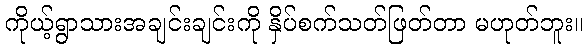
ကိုယ့်ရွာသားအချင်းချင်းကို နှိပ်စက်သတ်ဖြတ်တာ မဟုတ်ဘူး။